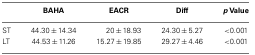
<table><thead><tr><td></td><td><b>BAHA</b></td><td><b>EACR</b></td><td><b>Diff</b></td><td><b><i>p</i> Value</b></td></tr></thead><tbody><tr><td>ST</td><td>44.30 ± 14.34</td><td>20 ± 18.93</td><td>24.30 ± 5.27</td><td>&lt;0.001</td></tr><tr><td>LT</td><td>44.53 ± 11.26</td><td>15.27 ± 19.85</td><td>29.27 ± 4.46</td><td>&lt;0.001</td></tr></tbody></table>